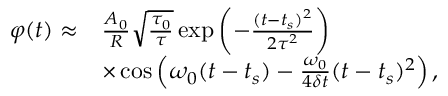
\begin{array} { r l } { \varphi ( t ) \approx } & { \frac { A _ { 0 } } { R } \sqrt { \frac { \tau _ { 0 } } { \tau } } \exp { \left( - \frac { ( t - t _ { s } ) ^ { 2 } } { 2 \tau ^ { 2 } } \right) } } \\ & { \times \cos { \left( \omega _ { 0 } ( t - t _ { s } ) - \frac { \omega _ { 0 } } { 4 \delta t } ( t - t _ { s } ) ^ { 2 } \right) } \, , } \end{array}